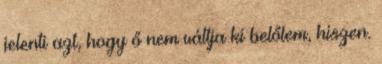
jelenti azt, hogy ő nem váltja ki belőlem, hiszen.